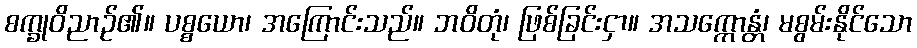
စက္ခုဝိညာဉ်၏။ ပစ္စယော၊ အကြောင်းသည်။ ဘဝိတုံ၊ ဖြစ်ခြင်းငှာ။ အသက္ကောန္တံ၊ မစွမ်းနိုင်သော